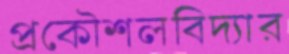
প্রকৌশলবিদ্যার